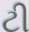
ટી